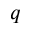
q